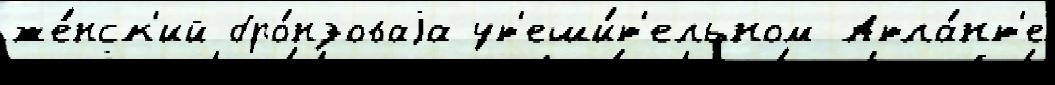
же́нск'ий бро́нзоваjа ут'еши́т'ельном Атла́нт'е